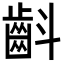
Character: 𮯁